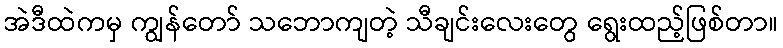
အဲဒီထဲကမှ ကျွန်တော် သဘောကျတဲ့ သီချင်းလေးတွေ ရွေးထည့်ဖြစ်တာ။